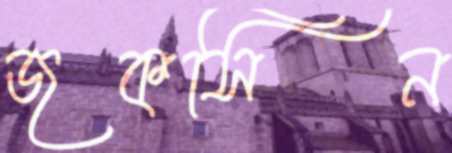
জকসিন